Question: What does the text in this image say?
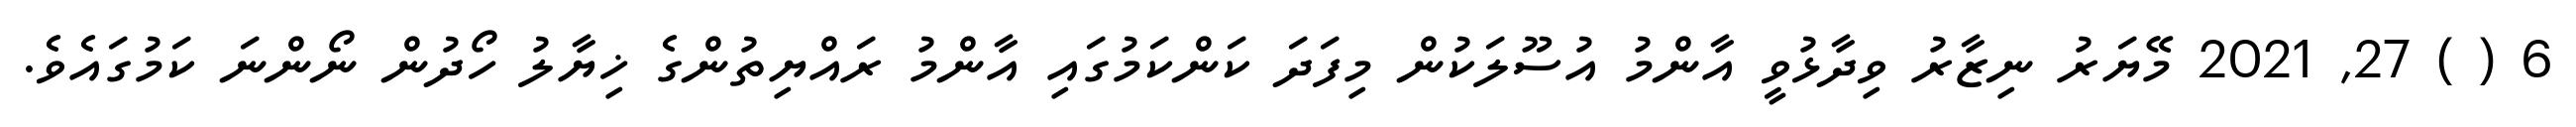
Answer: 6 ( ) 27, 2021 މޭޔަރު ނިޒާރު ވިދާޅުވީ އާންމު އުސޫލަކުން މިފަދަ ކަންކަމުގައި އާންމު ރައްޔިތުންގެ ޚިޔާލު ހޯދުން ނޯންނަ ކަމުގައެވެ.